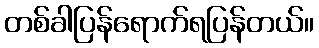
တစ်ခါပြန်ရောက်ရပြန်တယ်။